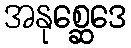
အနုစ္ဆေဒေ